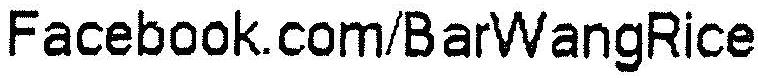
FACEBOOK.COM/BARWANGRICE